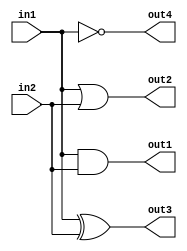
/////////////////////////////////////////////////////////////////////
// ---------------------- IVCAD 2024 Spring ---------------------- //
// ---------------------- Editor : 	David   -----------------------//
// ---------------------- Date : 2024.01    ---------------------- //
// ----------------------      test1        ---------------------- //
// --------------------  Bitwise operator  ------------------------//
/////////////////////////////////////////////////////////////////////
module test1(out1, 
             out2,
             out3,
             out4,
             in1, 
             in2);
             
input  [2:0] in1,  in2;
output [2:0] out1, out2, out3, out4;
	
assign out1 = in1 & in2;  //and
assign out2 = in1 | in2;  //or
assign out3 = in1 ^ in2;  //xor
assign out4 = ~in1;       //not
	
endmodule